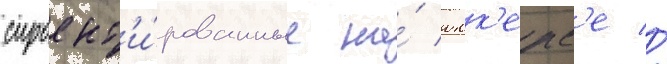
спроект'и́рованные на́ юнк'ерс'е //